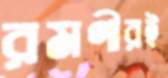
রমণীরই